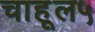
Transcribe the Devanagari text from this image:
चाहूल५